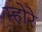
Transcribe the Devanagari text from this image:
म्होरे